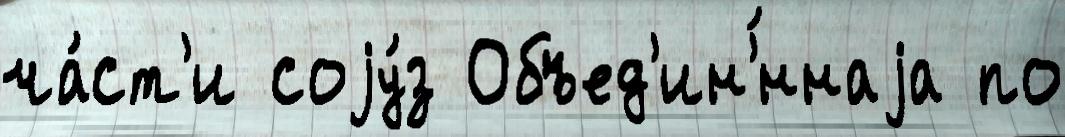
ча́ст'и соjу́з Объед'ин'́ннаjа по